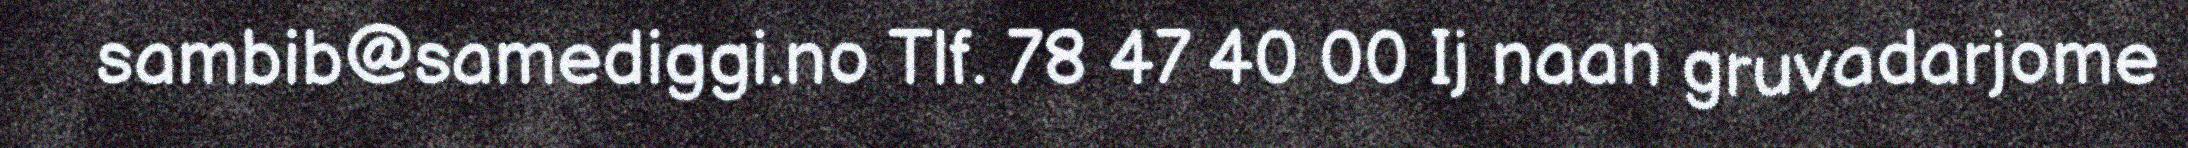
sambib@samediggi.no Tlf. 78 47 40 00 Ij naan gruvadarjome